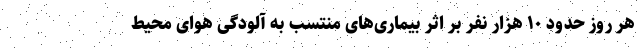
هر روز حدود ۱۰ هزار نفر بر اثر بیماری‌های منتسب به آلودگی هوای محیط